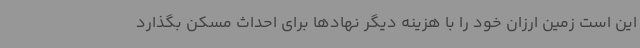
این است زمین ارزان خود را با هزینه دیگر نهادها برای احداث مسکن بگذارد